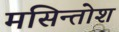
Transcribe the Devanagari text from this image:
मसिन्तोश